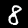
Label: 8